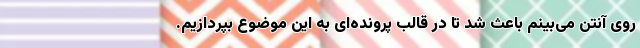
روی آنتن می‌بینم باعث شد تا در قالب پرونده‌ای به این موضوع بپردازیم.